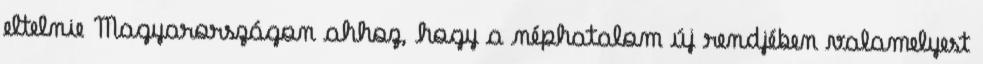
eltelnie Magyarországon ahhoz, hogy a néphatalom új rendjében valamelyest